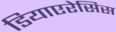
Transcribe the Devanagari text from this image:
डियाएरेसिस